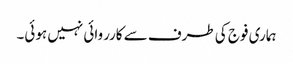
ہماری فوج کی طرف سے کارروائی نہیں ہوئی۔